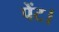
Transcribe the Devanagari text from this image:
पेंट।